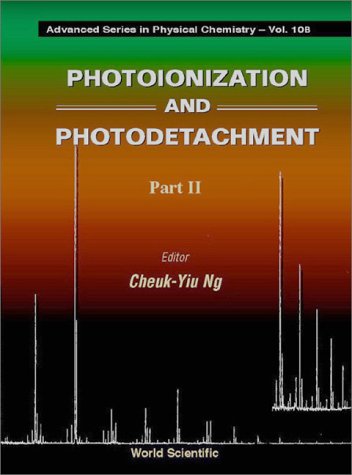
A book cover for Photoionization and Photodetachment (Advanced Series in Physical Chemistry, Vol. 10); Science & Math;